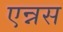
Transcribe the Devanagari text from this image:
एन्नस